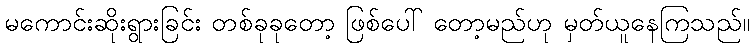
မကောင်းဆိုးရွားခြင်း တစ်ခုခုတော့ ဖြစ်ပေါ် တော့မည်ဟု မှတ်ယူနေကြသည်။